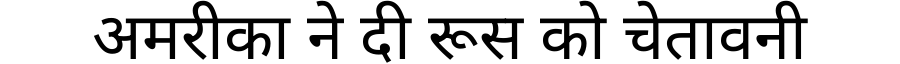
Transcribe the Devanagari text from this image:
अमरीका ने दी रूस को चेतावनी